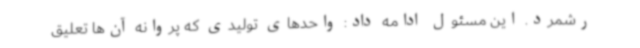
رشمرد. این مسئول ادامه داد: واحدهای‌ تولیدی که ‌پروانه‌ آن‌ها تعلیق‌